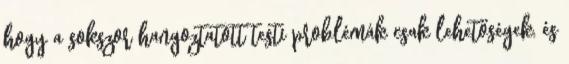
hogy a sokszor hangoztatott testi problémák csak lehetőségek, és